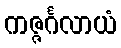
ကဇ္ဇင်္ဂလာယံ